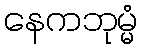
နေကဘုမ္မံ